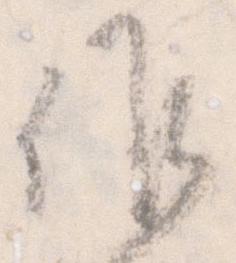
候